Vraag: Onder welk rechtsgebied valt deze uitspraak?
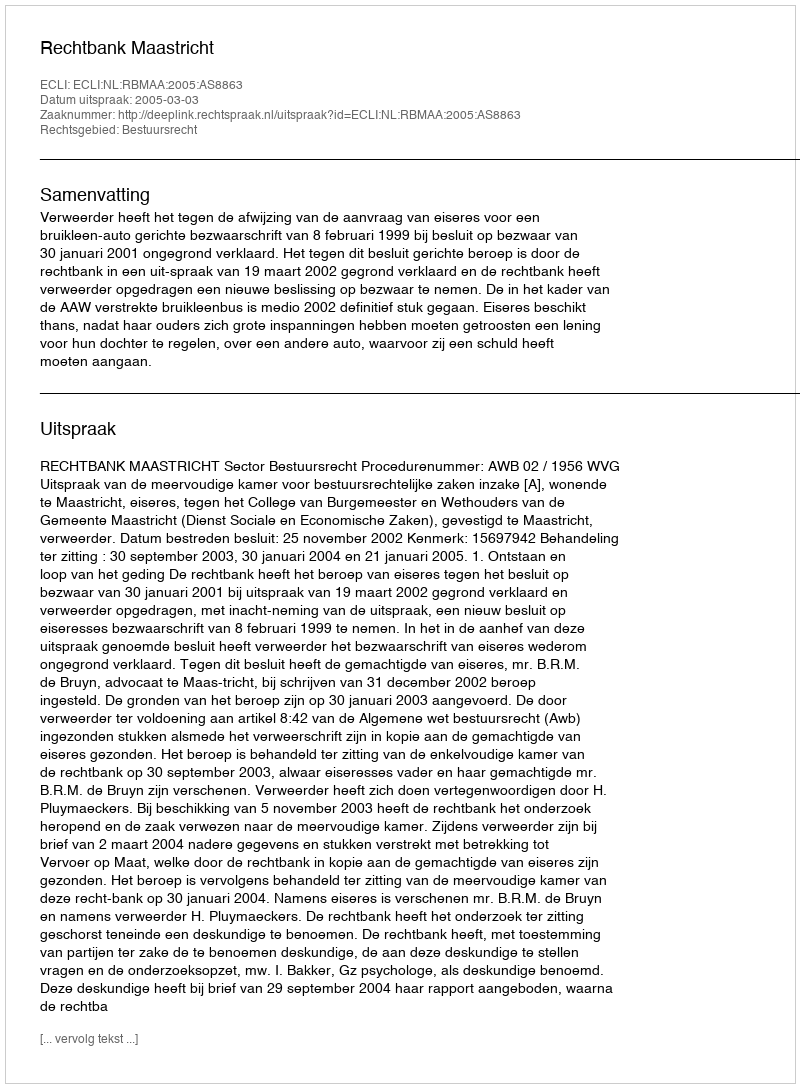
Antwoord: Bestuursrecht